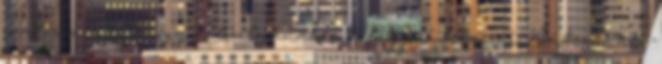
óvatosan úgy, hogy a kutyának "ne fájjon" lehúzni. Játszanak,